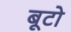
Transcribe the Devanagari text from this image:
बूटो